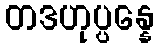
တဒဟုပ္ပန္နေ